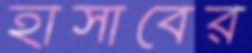
হাসাবের